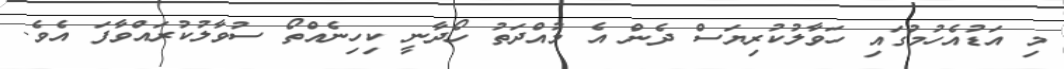
މި އަޑުއެހުމުގައި ހަވާލުކުރިޔަސް ދެން އެ މުއްދަތު ހޯދާނީ ކިހިނެއްތޯ ސުވާލުކުރައްވާފަ އެވެ.